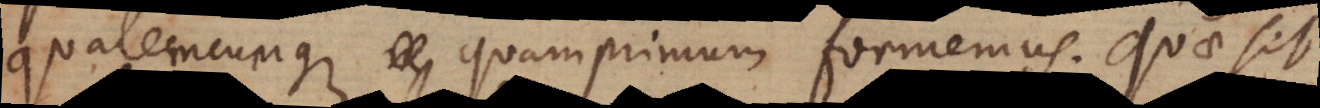
qualemcunque quamprimum formemus. Quae sit